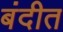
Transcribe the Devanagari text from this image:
बंदीत